Scottish Leaving Certificate Examination, 1961
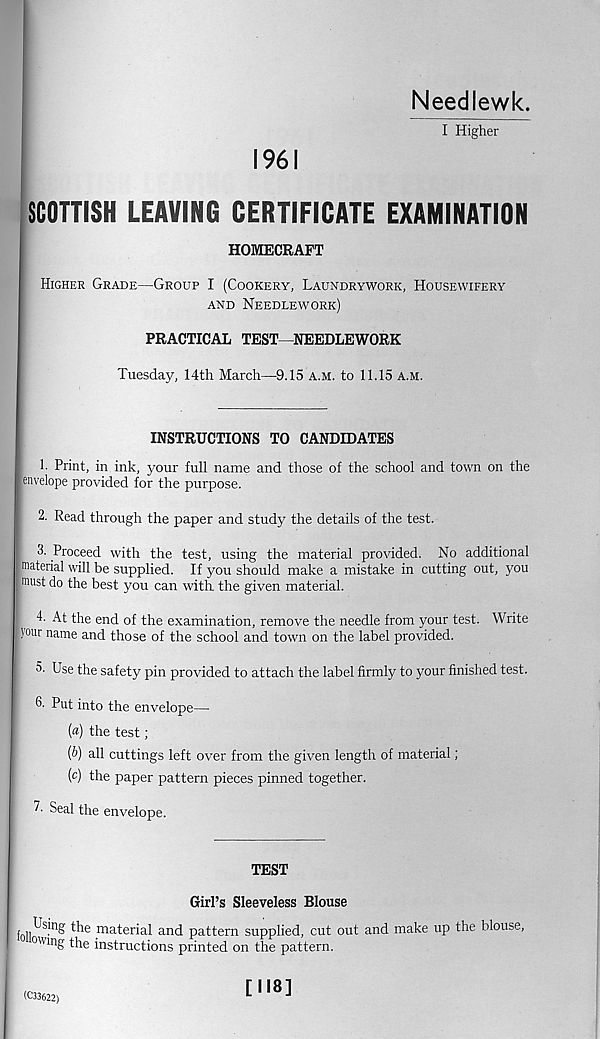
1961
Needlewk.
I Higher
SCOTTISH LEAVING CERTIFICATE EXAMINATION
HOMECRAFT
Higher Grade—Group I (Cookery, Laundrywork, Housewifery
and Needlework)
PRACTICAL TEST—NEEDLEWORK
Tuesday, 14th March—9.15 a.m. to 11.15 a.m.
INSTRUCTIONS TO CANDIDATES
1. Print, in ink, your full name and those of the school and town on the
; envelope provided for the purpose.
2. Read through the paper and study the details of the test.
3. Proceed with the test, using the material provided. No additional
material will be supplied. If you should make a mistake in cutting out, you
must do the best you can with, the given material.
4. At the end of the examination, remove the needle from your test. Write
four name and those of the school and town on the label provided.
5- Use the safety pin provided to attach the label firmly to your finished test.
6- Put into the envelope—
(«) the test;
(6) all cuttings left over from the given length of material;
(c) the paper pattern pieces pinned together.
7- Seal the envelope.
TEST
Girl’s Sleeveless Blouse
the material and pattern supplied, cut out and make up the blouse,
owing the instructions printed on the pattern.
(C33622)
[118]